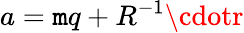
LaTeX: a=\mathtt{m}q+R^{-1}\cdotr